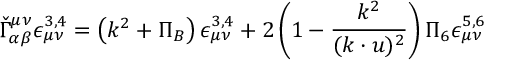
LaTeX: \check { \Gamma } _ { \alpha \beta } ^ { \mu \nu } \epsilon _ { \mu \nu } ^ { 3 , 4 } = \left( k ^ { 2 } + \Pi _ { B } \right) \epsilon _ { \mu \nu } ^ { 3 , 4 } + 2 \left( 1 - \frac { k ^ { 2 } } { ( k \cdot u ) ^ { 2 } } \right) \Pi _ { 6 } \epsilon _ { \mu \nu } ^ { 5 , 6 }